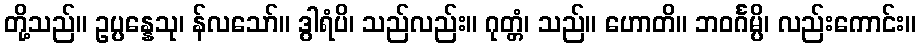
တို့သည်။ ဥပ္ပန္နေသု၊ န်လသော်။ ဒွါရံပိ၊ သည်လည်း။ ဂုတ္တံ၊ သည်။ ဟောတိ။ ဘဝင်္ဂမ္ပိ၊ လည်းကောင်း။